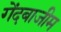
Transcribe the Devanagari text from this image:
गेंदबाजीम